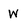
Character: W